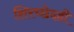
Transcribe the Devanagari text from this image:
शिरच्छेदही